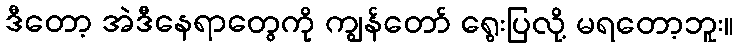
ဒီတော့ အဲဒီနေရာတွေကို ကျွန်တော် ရွေးပြလို့ မရတော့ဘူး။